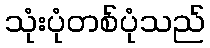
သုံးပုံတစ်ပုံသည်